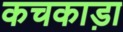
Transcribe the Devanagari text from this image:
कचकाड़ा